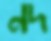
নদ